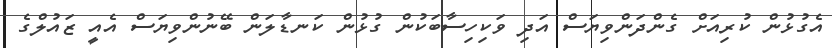
އެގުޅުން ކުރިއަށް ގެންދަންވިޔަސް އަދި ވަކިހިސާބަކުން ގުޅުން ކަނޑާލަން ބޭނުންވިޔަސް އެއީ ޒައުލްގެ